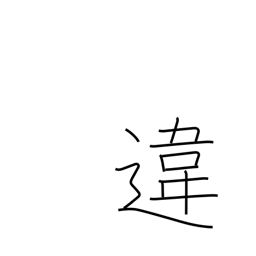
Meaning: difference